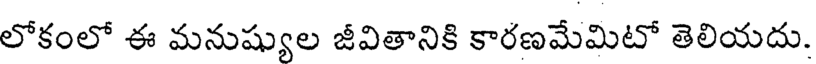
లోకంలో ఈ మనుష్యుల జీవితానికి కారణమేమిటో తెలియదు.